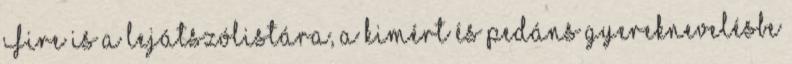
Fire is a lejátszólistára, a kimért és pedáns gyereknevelésbe